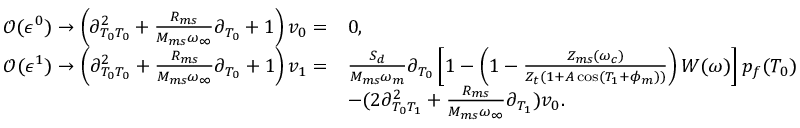
\begin{array} { r l } { \mathcal { O } ( \epsilon ^ { 0 } ) \rightarrow \left( \partial _ { T _ { 0 } T _ { 0 } } ^ { 2 } + \frac { R _ { m s } } { M _ { m s } \omega _ { \infty } } \partial _ { T _ { 0 } } + 1 \right) v _ { 0 } = } & { 0 , } \\ { \mathcal { O } ( \epsilon ^ { 1 } ) \rightarrow \left( \partial _ { T _ { 0 } T _ { 0 } } ^ { 2 } + \frac { R _ { m s } } { M _ { m s } \omega _ { \infty } } \partial _ { T _ { 0 } } + 1 \right) v _ { 1 } = } & { \frac { S _ { d } } { M _ { m s } \omega _ { m } } \partial _ { T _ { 0 } } \left[ 1 - \left( 1 - \frac { Z _ { m s } ( \omega _ { c } ) } { Z _ { t } \left( 1 + A \cos \left( T _ { 1 } + \phi _ { m } \right) \right) } \right) W ( \omega ) \right] p _ { f } ( T _ { 0 } ) } \\ & { - ( 2 \partial _ { T _ { 0 } T _ { 1 } } ^ { 2 } + \frac { R _ { m s } } { M _ { m s } \omega _ { \infty } } \partial _ { T _ { 1 } } ) v _ { 0 } . } \end{array}